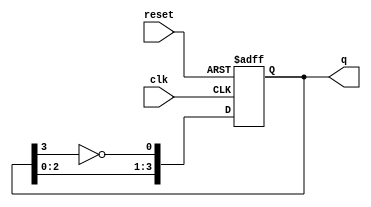
module johnson_counter #(parameter n = 4) (
    input wire clk,          // Clock input
    input wire reset,        // Asynchronous reset
    output reg [n-1:0] q     // Counter output
);

    // Always block triggered on the positive edge of the clock or reset
    always @(posedge clk or posedge reset) begin
        if (reset) begin
            // Initialize the counter to all zeros
            q <= 0;
        end else begin
            // Shift the counter and invert the last flip-flop output
            q <= {q[n-2:0], ~q[n-1]};
        end
    end

endmodule